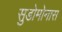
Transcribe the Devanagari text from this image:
सुडोमोनास